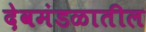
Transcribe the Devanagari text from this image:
देवमंडळातील